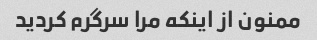
ممنون از اینکه مرا سرگرم کردید